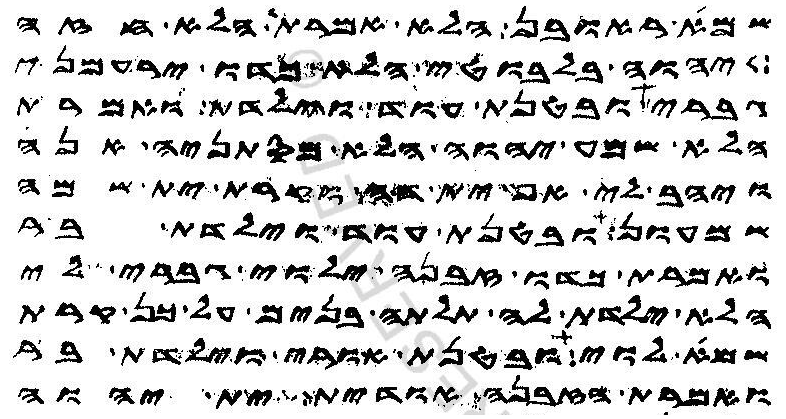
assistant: שמא ראובן הלא אמרת הלא חזה
יהוה בלבוטי הלא כדו ירעמני
גברי ובטנת עוד וילדת ואמרת
הלא שמע יהוה הלא מסתניה אנה
ויהב לי אף ית דה וקרת ית שמה
שמעון ובטנת עוד וילדת בר
ואמרת כדו זבנה ילוי גברי לי
הלא ילדת לה תלתה בנים על כן קרת
שמא לוי ובטנת אורי וילדת בר
ואמרת הזבנה אודית ית יהוה